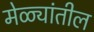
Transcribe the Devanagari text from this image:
मेळ्यांतील